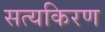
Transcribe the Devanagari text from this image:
सत्यकिरण